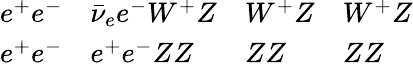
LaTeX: \begin{array}{llll}{{e^{+}e^{-}}}&{{\bar{\nu}_{e}e^{-}W^{+}Z}}&{{W^{+}Z}}&{{W^{+}Z}}\\ {{e^{+}e^{-}}}&{{e^{+}e^{-}ZZ}}&{{ZZ}}&{{ZZ}}\end{array}